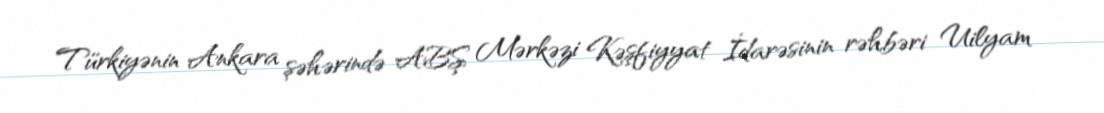
Türkiyənin Ankara şəhərində ABŞ Mərkəzi Kəşfiyyat İdarəsinin rəhbəri Uilyam